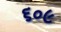
૬૦૯